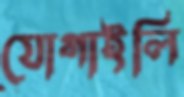
যোগাইলি